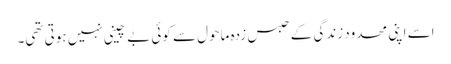
اسے اپنی محدود زندگی کے حبس زدہ ماحول سے کوئی بے چینی نہیں ہوتی تھی۔